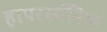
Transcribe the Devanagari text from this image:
हापरसॉनिक